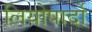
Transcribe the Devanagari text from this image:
लियोपार्दो